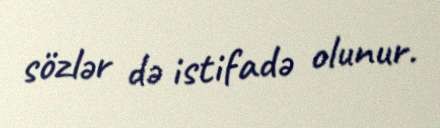
sözlər də istifadə olunur.